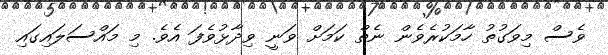
ވެސް މިވަގުތު ހާމަކުރެވެން ނެތް ކަމަށް ވަނީ ވިދާޅުވެފަ އެވެ. މި މައްސަލައިގައި